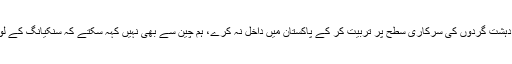
مگر ہم بھارت کو نہیں کہہ سکتے کہ وہ اپنی سر زمین پر دہشت گردوں کی سرکاری سطح پر تربیت کر کے پاکستان میں داخل نہ کرے، ہم چین سے بھی نہیں کہہ سکتے کہ سنکیانگ کے لوگوں کو شمالی وزیرستان تک آنے سے روکتے کیوں نہیں۔